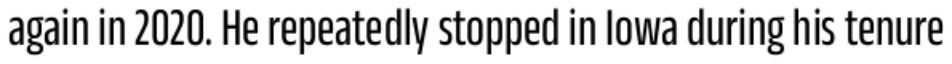
again in 2020. He repeatedly stopped in Iowa during his tenure